Vaccination North-Western Provinces 1866-1877 - 1866-1877
Year: 1866
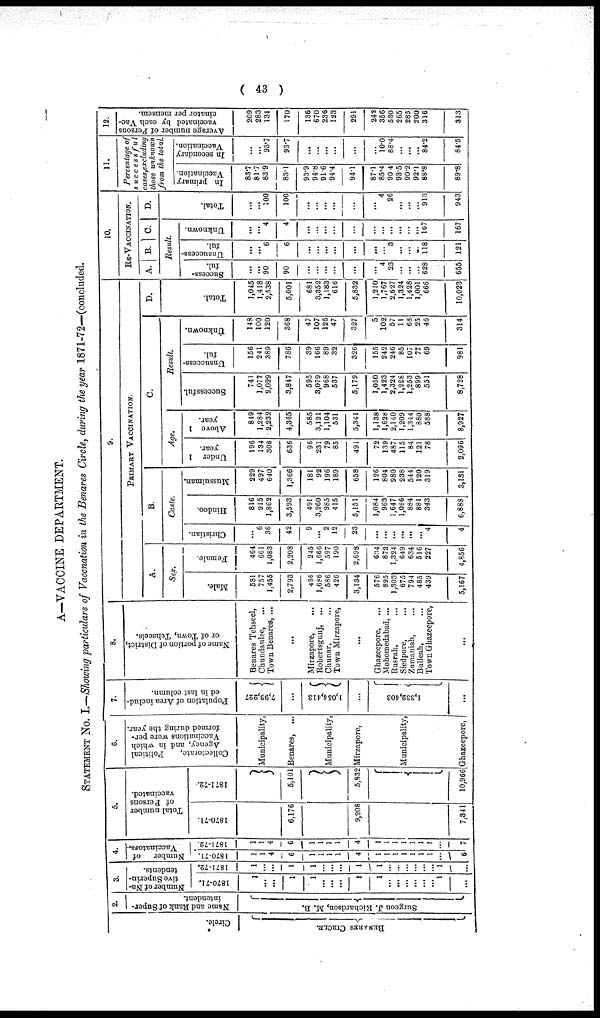
( 43 )
A—VACCINE DEPARTMENT.
STATEMENT No. I.—Showing particulars of Vaccnation in the Benares Circle, during the year 1871-72—(concluded.
Circle.
BENARES CIRCLE.
2.
Name and Rank of Super-
intendent.
Surgeon J. Richardson, M. B.
3
Number of Na-
tive Superin-
tendents.
1870-71.
1
...
...
1
1
...
...
...
1
1
...
...
...
...
...
...
1
...
1871-72.
1
...
...
1
1
...
...
...
1
1
...
...
...
...
...
...
1
...
4.
Number of
Vaccinators.
1870-71.
1
1
4
6
1
1
1
1
4
1
1
1
1
1
1
1
...
6
1871-72.
1
1
4
6
1
1
1
1
4
1
1
1
1
1
1
1
...
7
5.
Total number
of Persons
vaccinated.
1870-71.
6,176
9,208
7,341
1871-72.
5,101
5,332
10,966
6.
Collectorate,
Political
Agency, and in which
Vaccinations were per-
formed during the year.
Municipality,
Benares, ...
Municipality,
Mirzapore,
Municipality,
Ghazeepore,
7.
Population of Area includ-
ed in last column.
7,93,227
...
1,054,413
...
1,332,403
...
8.
Name of portion of District,
or of Town, Tehseels.
Benares Tehseel,
Chundaulee, ...
Town Benares, ...
...
Mirzapore, ...
Robertsgunj, ...
Chunar, ...
Town Mirzapore,
...
Ghazeepore, ...
Mohomedabad, ...
Rusrah, ...
Siedpore, ...
Zumaniah,
...
Bulleah, ...
Town Ghazeepore,
...
9.
PRIMARY VACCINATION.
A.
Sex.
Male.
581
757
1,455
2,793
436
1,686
586
426
3,134
576
895
1,303
675
794
485
439
5,167
Female.
464
661
1,083
2,208
245
1,666
597
190
2,698
634
872
1,324
649
634
516
227
4,856
B.
Cast e.
Christian.
...
6
36
42
9
...
2
12
23
...
...
...
...
...
4
4
Hindoo.
816
915
1,862
3,593
491
3,260
985
415
5,151
1,084
963
1,647
1,086
884
881
343
6,888
Mussulman.
229
497
640
1,366
181
92
196
189
658
126
804
980
238
544
120
319
3,131
C.
Age.
Under 1
year.
196
134
306
636
96
231
79
85
491
72
139
487
115
84
121
78
2,096
Above 1
year.
849
1,284
2,232
4,365
585
3,121
1,104
531
5,341
1,138
1,628
2,140
1,209
1,344
880
588
8,927
Resul t .
Successful.
741
1,077
2,029
3,847
595
3,079
968
537
5,179
1,050
1,423
2,324
1,228
1,253
899
551
8,728
Unsuccess-
ful.
156
241
389
786
39
166
89
32
326
155
242
246
85
107
77
69
981
Unknown.
148
100
120
368
47
107
126
47
327
5
102
57
11
68
25
46
314
D.
Total.
1,045
1,418
2,538
5,001
681
3,352
1,183
616
5,832
1,210
1,767
2,627
1,324
1,428
1,001
666
10,023
10.
RE-VACCINATION.
A. B.
C.
Result.
Success-
ful.
...
...
90
90
...
...
...
...
...
...
4
23
...
...
... 628
655
Unsuccess-
ful.
...
...
6
6
...
...
...
...
...
...
...
3
...
...
...
118
121
Unknown.
...
...
4
4
...
...
...
...
...
...
...
...
...
...
... 167
167
D.
Total.
...
...
100
100
...
...
...
...
...
...
26
...
...
... 913
943
11.
Percentage of
successful
cases,excluding
those unknown
from the total.
In primary
Vaccination.
83.7
81.7
83.9
83.1
93.9
94.8
91.6
94.4
94.1
87.1
85.4
90.4 93.5
90.2 92.1
88.8
89.8
In secondary
Vaccination.
...
...
93.7
93.7
...
...
...
...
...
...
10.0
88.4
...
...
... 84.2
84.5
12.
Average number of Persons
vaccinated by each Vac¬
cinator per mensem.
209
283
131
170
136
670
236
123
291
242
356
530 265
285
200
316
313